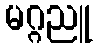
မဂ္ဂညူ